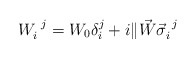
\begin{align*} W^{~j}_i = W_0 \delta^j_i + i \| \vec W \vec \sigma^{~j}_i\end{align*}